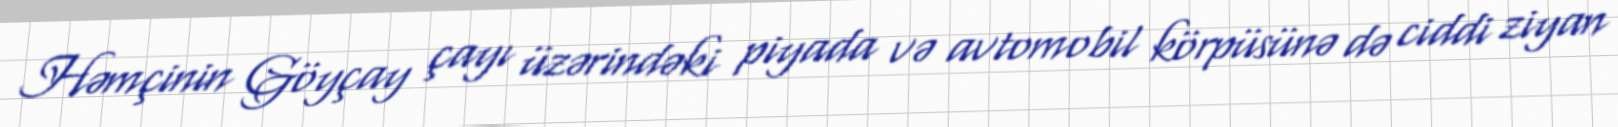
Həmçinin Göyçay çayı üzərindəki piyada və avtomobil körpüsünə də ciddi ziyan